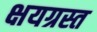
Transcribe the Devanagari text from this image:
क्षयग्रस्त